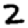
Digit: 2